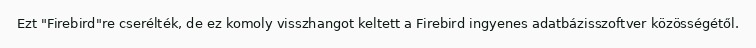
Ezt "Firebird"re cserélték, de ez komoly visszhangot keltett a Firebird ingyenes adatbázisszoftver közösségétől.